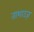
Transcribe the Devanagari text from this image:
ताशाउज़